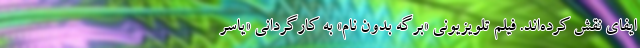
ایفای نقش کرده‌اند. فیلم تلویزیونی «برگه بدون نام» به کارگردانی «یاسر